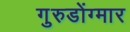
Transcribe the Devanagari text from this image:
गुरुडोंग्मार